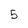
Character: 5